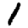
Digit: 1